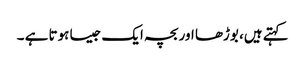
کہتے ہیں، بوڑھا اور بچہ ایک جیسا ہوتا ہے ۔